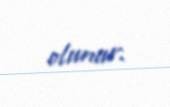
olunur.